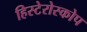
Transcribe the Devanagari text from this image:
हिस्टेरोस्कोप